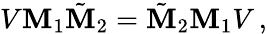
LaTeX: V\mathbf{M}_{1}\tilde{{\mathbf{M}}}_{2}=\tilde{{\mathbf{M}}}_{2}\mathbf{M}_{1}V\, ,